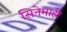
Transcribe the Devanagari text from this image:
सिनेमाही